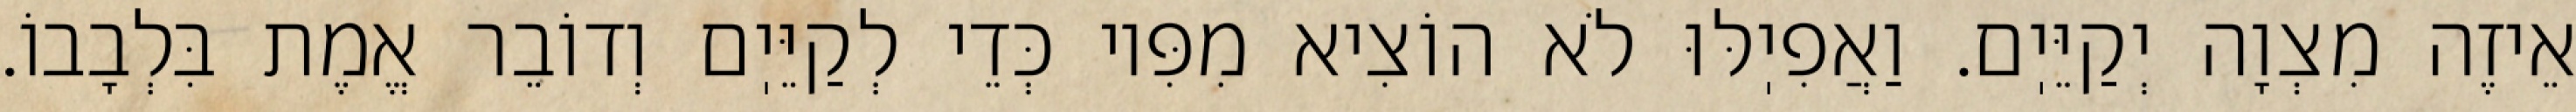
אֵיזֶה מִצְוָה יְקַיֵּיֽם. וַאֲפִיֽלּוּ לֹא הוֹצִיא מִפִּיו כְּדֵי לְקַיֵּיֽם וְדוֹבֵר אֱמֶת בִּלְבָבוֹ.